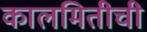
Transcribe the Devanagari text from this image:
कालमितीची